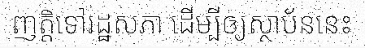
ញត្តិទៅរដ្ឋសភា ដើម្បីឲ្យស្ថាប័ននេះ